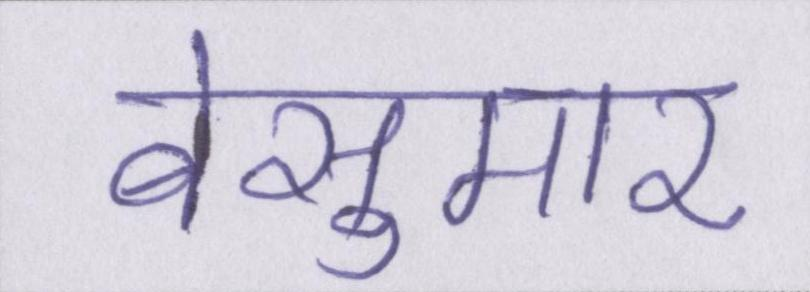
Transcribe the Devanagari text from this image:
बेसुमार